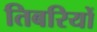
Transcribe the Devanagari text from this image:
तिबरियों